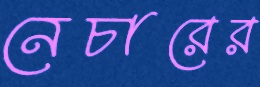
নেচারের